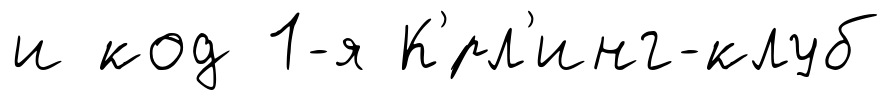
и код 1-я К'́рл'инг-клуб